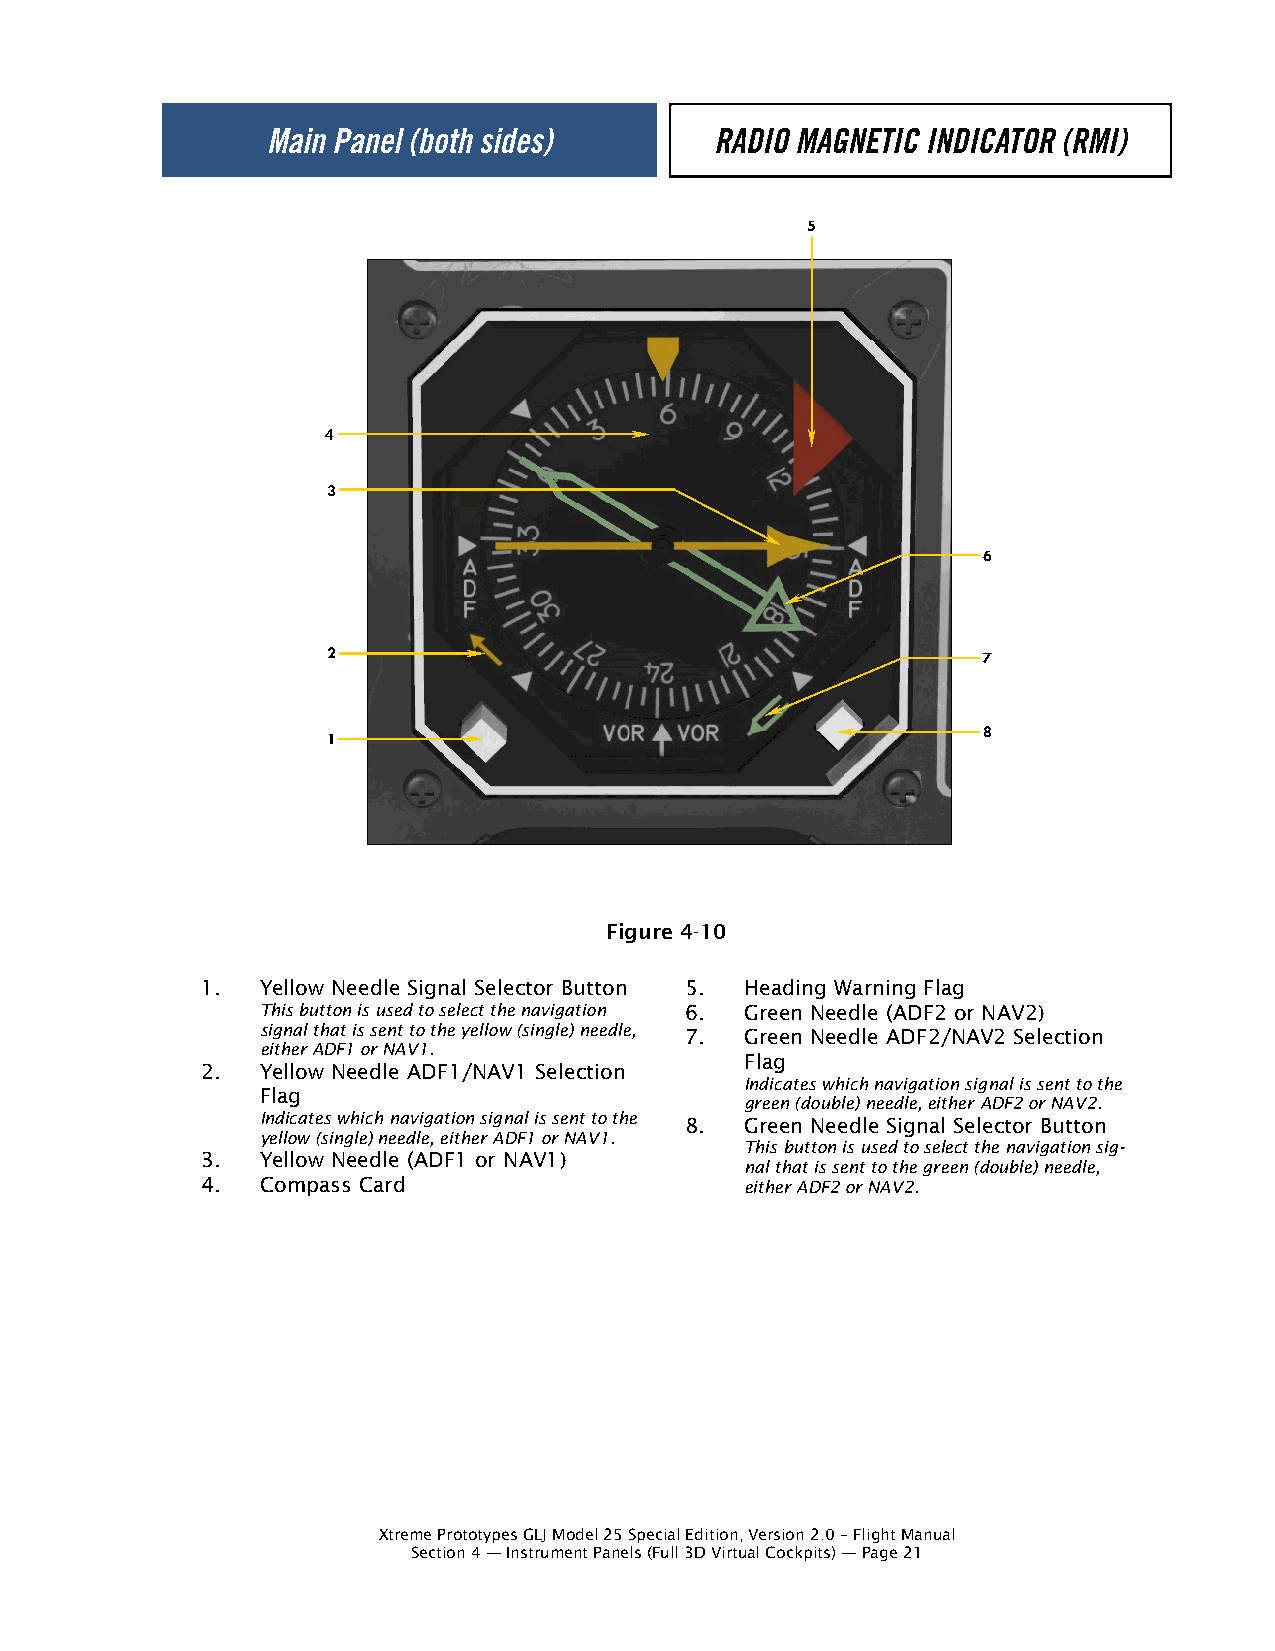
5
 4
 3
 6
 2                                          7
 1                                          8
 Figure 4-10
 1.  Yellow Needle Signal Selector Button 5. Heading Warning Flag
 This button is used to select the navigation 6. Green Needle (ADF2 or NAV2)
 signal that is sent to the yellow (single) needle, 7. Green Needle ADF2/NAV2 Selection
 either ADF1 or NAV1.
 Flag
 2.  Yellow Needle ADF1/NAV1 Selection
 Indicates which navigation signal is sent to the
 Flag
 green (double) needle, either ADF2 or NAV2.
 Indicates which navigation signal is sent to the 8. Green Needle Signal Selector Button
 yellow (single) needle, either ADF1 or NAV1.
 This button is used to select the navigation sig-
 3.  Yellow Needle (ADF1 or NAV1)
 nal that is sent to the green (double) needle,
 4.  Compass Card                    either ADF2 or NAV2.
 Xtreme Prototypes GLJ Model 25 Special Edition, Version 2.0 – Flight Manual
 Section 4 — Instrument Panels (Full 3D Virtual Cockpits) — Page 21